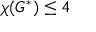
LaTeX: \chi ( G ^ { * } ) \leq 4